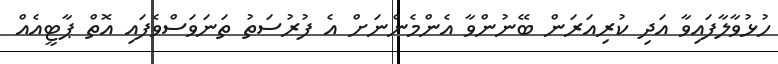
ހުޅުވާލާފައިވާ އަދި ކުރިއަރަން ބޭނުންވާ އެންމެންނަށް އެ ފުރުސަތު ތަނަވަސްވެފައި އޮތް ޕާޓީއެއް